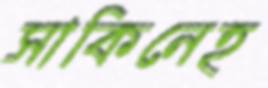
সাকিনেহ